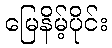
မြေနိမ့်ပိုင်း